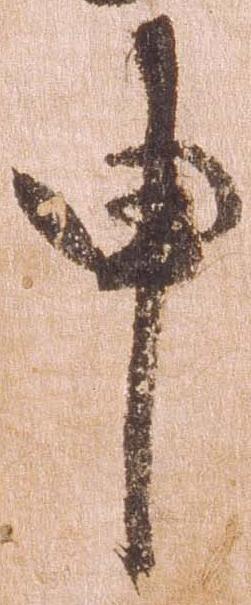
申